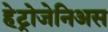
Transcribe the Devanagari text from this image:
हेट्रोजेनिअस